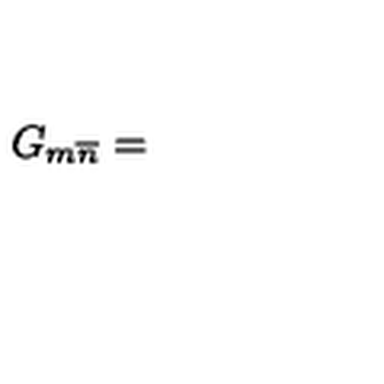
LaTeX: G _ { m \overline { { n } } } =